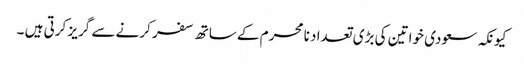
کیونکہ سعودی خواتین کی بڑی تعداد نا محرم کے ساتھ سفر کرنے سے گریز کرتی ہیں ۔